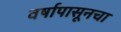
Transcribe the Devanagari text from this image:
वर्षापासूनचा